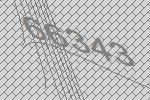
66343